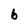
Character: 6